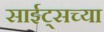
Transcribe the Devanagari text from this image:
साईट्सच्या